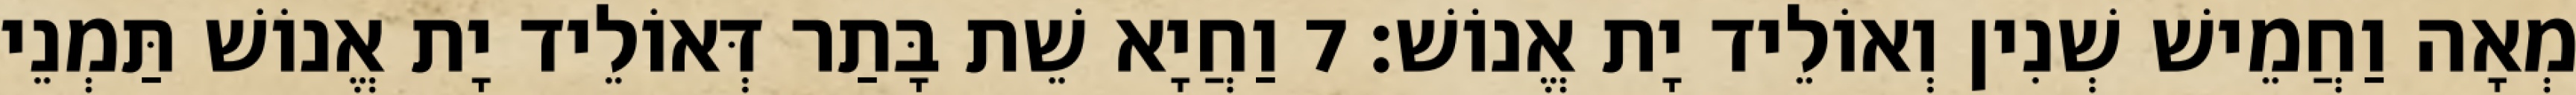
מְאָה וַחֲמֵישׁ שְׁנִין וְאוֹלֵיד יָת אֱנוֹשׁ׃ 7 וַחֲיָא שֵׁת בָּתַר דְּאוֹלֵיד יָת אֱנוֹשׁ תַּמְנֵי